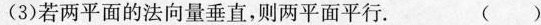
(3)若两平面的法向量垂直，则两平面平行。 ( )